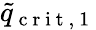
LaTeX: \tilde{q}_{\mathrm{~c~r~i~t~,~1~}}